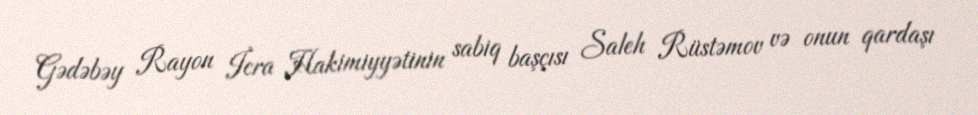
Gədəbəy Rayon İcra Hakimiyyətinin sabiq başçısı Saleh Rüstəmov və onun qardaşı